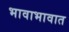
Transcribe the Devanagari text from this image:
भावाभावात